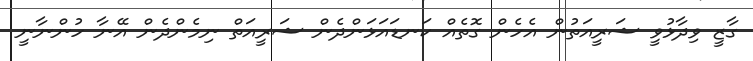
ގާޒީ ވިދާޅުވީ ޝަރީއަތުން އެހެން ގޮތެއް ކަނޑައަޅަންދެން ޝަރީއަތް ނިމެންދެން އޭނާ ހުންނާނީ